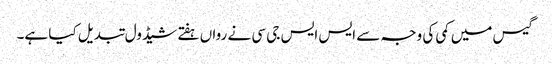
گیس میں کمی کی وجہ سے ایس ایس جی سی نے رواں ہفتے شیڈول تبدیل کیا ہے۔